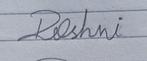
Signature authenticity: forged